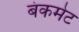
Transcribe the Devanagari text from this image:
बंकमेट